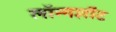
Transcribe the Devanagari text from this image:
लॉन्गशॉट